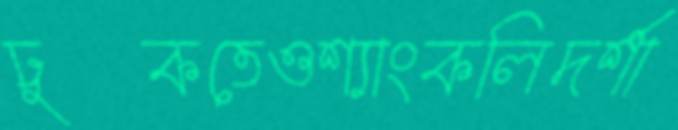
ঢুকতেওশ্যাংকলিদর্শা